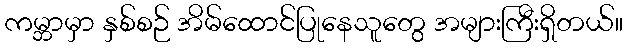
ကမ္ဘာမှာ နှစ်စဉ် အိမ်ထောင်ပြုနေသူတွေ အများကြီးရှိတယ်။